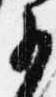
少